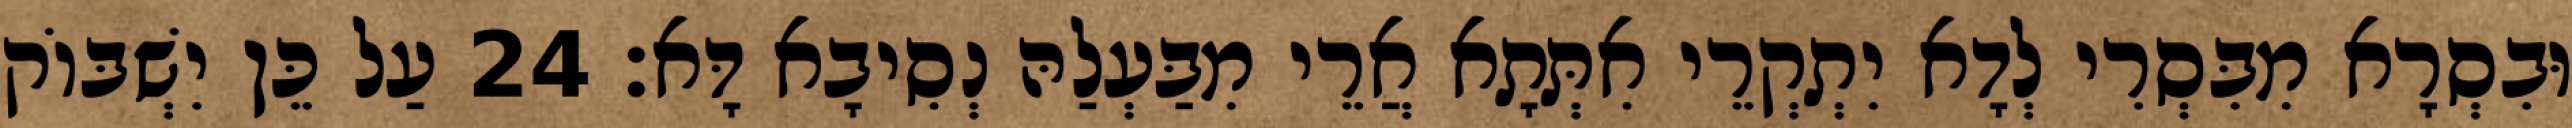
וּבִסְרָא מִבִּסְרִי לְדָא יִתְקְרֵי אִתְּתָא אֲרֵי מִבַּעְלַהּ נְסִיבָא דָּא׃ 24 עַל כֵּן יִשְׁבּוֹק